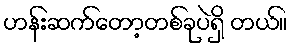
ဟန်းဆက်တော့တစ်ခုပဲရှိ တယ်။